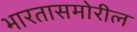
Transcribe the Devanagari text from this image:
भारतासमोरील